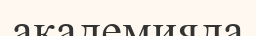
академияда